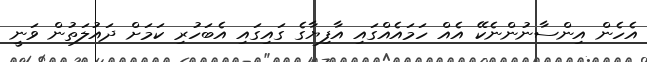
އެހެން އިންސާނުންނެކޭ އެއް ހަމައެއްގައި އާފިޔާގެ ގައިގައި އެބަހުރި ކަމަށް ދައުލަތުން ވަނީ